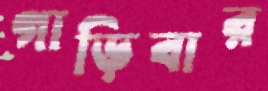
গাড়িবার